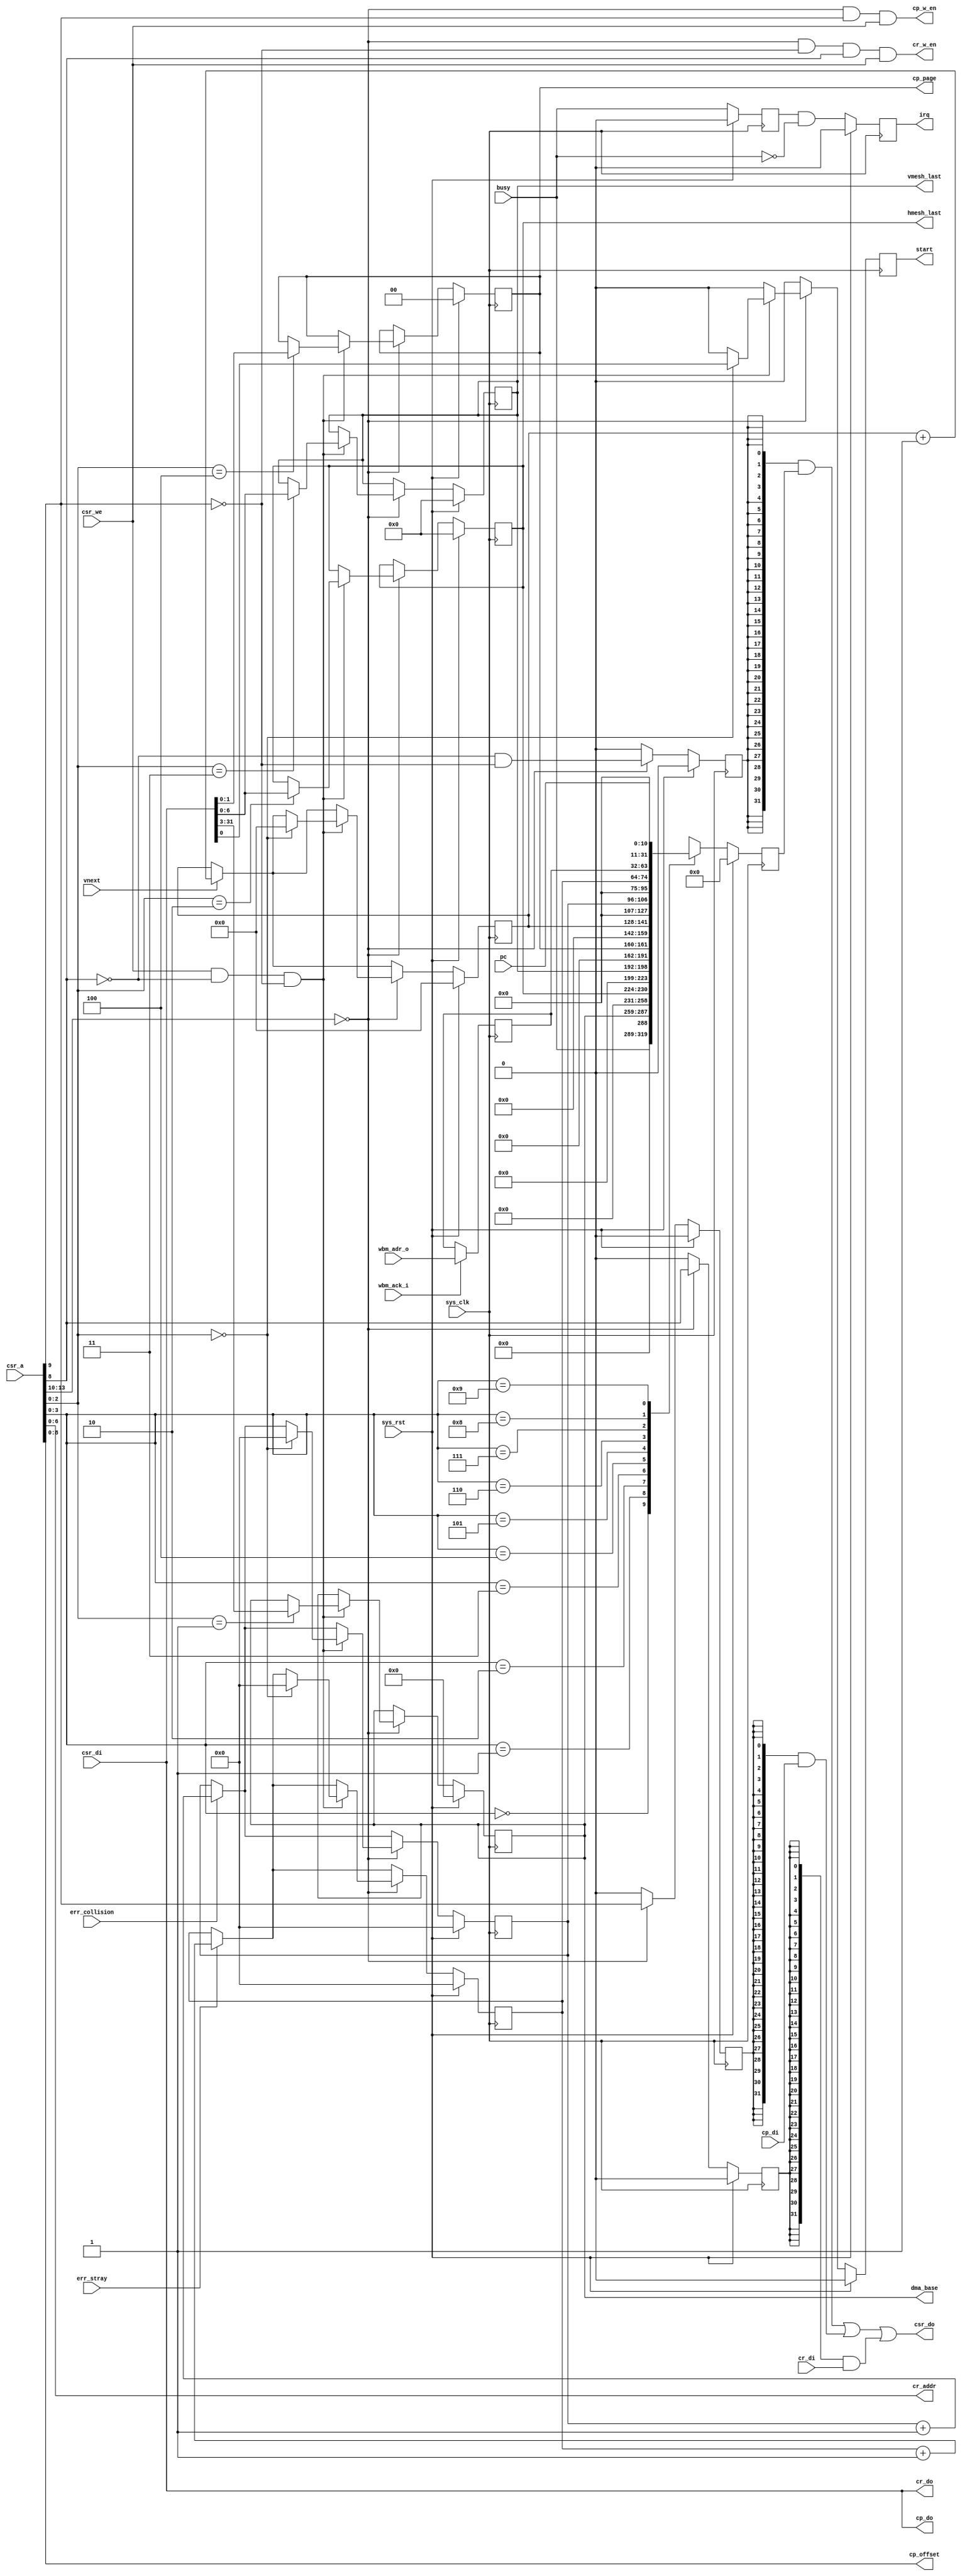
module pfpu_ctlif #(
	parameter csr_addr = 4'h0
) (
	input sys_clk,
	input sys_rst,
	
	input [13:0] csr_a,
	input csr_we,
	input [31:0] csr_di,
	output [31:0] csr_do,
	
	output reg irq,
	
	output reg start,
	input busy,
	
	/* Address generator interface */
	output reg [28:0] dma_base,
	output reg [6:0] hmesh_last,
	output reg [6:0] vmesh_last,
	
	/* Register file interface */
	output [6:0] cr_addr,
	input [31:0] cr_di,
	output [31:0] cr_do,
	output cr_w_en,
	
	/* Program memory interface */
	output reg [1:0] cp_page,
	output [8:0] cp_offset,
	input [31:0] cp_di,
	output [31:0] cp_do,
	output cp_w_en,

	/* Diagnostic registers */
	input vnext,
	input err_collision,
	input err_stray,
	input [10:0] pc,

	input [31:0] wbm_adr_o,
	input wbm_ack_i
);

reg [31:0] last_dma;
always @(posedge sys_clk)
	if(wbm_ack_i)
		last_dma <= wbm_adr_o;

reg old_busy;
always @(posedge sys_clk) begin
	if(sys_rst)
		old_busy <= 1'b0;
	else
		old_busy <= busy;
end

reg [13:0] vertex_counter;
reg [10:0] collision_counter;
reg [10:0] stray_counter;

wire csr_selected = csr_a[13:10] == csr_addr;

reg [31:0] csr_do_r;
reg csr_do_cont;
reg csr_do_regf;
reg csr_do_prog;

always @(posedge sys_clk) begin
	if(sys_rst) begin
		csr_do_r <= 32'd0;
		csr_do_cont <= 1'b0;
		csr_do_regf <= 1'b0;
		csr_do_prog <= 1'b0;
		irq <= 1'b0;
		start <= 1'b0;
		
		dma_base <= 29'd0;
		hmesh_last <= 7'd0;
		vmesh_last <= 7'd0;
		cp_page <= 2'd0;

		vertex_counter <= 14'd0;
		collision_counter <= 11'd0;
		stray_counter <= 11'd0;
	end else begin
		irq <= old_busy & ~busy;

		if(vnext) vertex_counter <= vertex_counter + 14'd1;
		if(err_collision) collision_counter <= collision_counter + 11'd1;
		if(err_stray) stray_counter <= stray_counter + 11'd1;

		csr_do_cont <= 1'b0;
		csr_do_prog <= 1'b0;
		csr_do_regf <= 1'b0;
		
		start <= 1'b0;

		/* Read control registers */
		case(csr_a[3:0])
			4'b0000: csr_do_r <= busy;

			4'b0001: csr_do_r <= {dma_base, 3'b000};
			4'b0010: csr_do_r <= hmesh_last;
			4'b0011: csr_do_r <= vmesh_last;

			4'b0100: csr_do_r <= cp_page;

			4'b0101: csr_do_r <= vertex_counter;
			4'b0110: csr_do_r <= collision_counter;
			4'b0111: csr_do_r <= stray_counter;
			4'b1000: csr_do_r <= last_dma;
			4'b1001: csr_do_r <= pc;

			default: csr_do_r <= 32'bx;
		endcase
		
		if(csr_selected) begin
			/* Generate enables for the one-hot mux on csr_do */
			csr_do_cont <= ~csr_a[8] & ~csr_a[9];
			csr_do_regf <= csr_a[8];
			csr_do_prog <= csr_a[9];
			
			/* Write control registers */
			if(
				csr_we		/* if this is a write cycle */
				& ~csr_a[8]	/* which is not for register file */
				& ~csr_a[9]	/* nor for program memory */
				)
			begin
				/* then it is for control registers */
				case(csr_a[2:0])
					3'b000: begin
						start <= csr_di[0];

						vertex_counter <= 14'd0;
						collision_counter <= 11'd0;
						stray_counter <= 11'd0;
					end
					3'b001: dma_base <= csr_di[31:3];
					3'b010: hmesh_last <= csr_di[6:0];
					3'b011: vmesh_last <= csr_di[6:0];
					3'b100: cp_page <= csr_di[1:0];
					default:;
				endcase
			end
		end
	end
end

/*
 * Program memory and register file have synchronous read,
 * so we must use some tricks to move the registers into them.
 */

assign csr_do =
	 ({32{csr_do_cont}} & csr_do_r)
	|({32{csr_do_prog}} & cp_di)
	|({32{csr_do_regf}} & cr_di);

assign cp_offset = csr_a[8:0];
assign cp_w_en = csr_selected & csr_a[9] & csr_we;
assign cp_do = csr_di;

assign cr_addr = csr_a[6:0];
assign cr_w_en = csr_selected & ~csr_a[9] & csr_a[8] & csr_we;
assign cr_do = csr_di;

endmodule